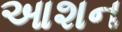
આશન